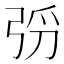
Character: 𫸰